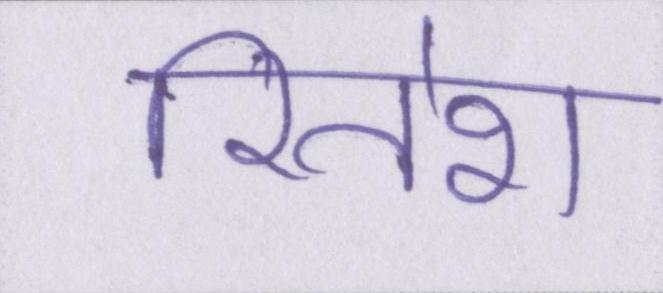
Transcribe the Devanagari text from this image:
रितेश